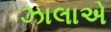
ઝાલાએ